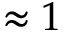
\approx 1